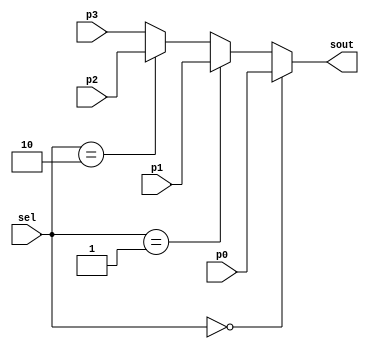
module mux4to1(
    input [1:0]     sel ,
    input [1:0]     p0 ,
    input [1:0]     p1 ,
    input [1:0]     p2 ,
    input [1:0]     p3 ,
    output [1:0]    sout);

    reg [1:0]     sout_t ;

    always @(*) begin
        if (sel == 2'b00)
            sout_t = p0 ;
        else if (sel == 2'b01)
            sout_t = p1 ;
        else if (sel == 2'b10)
            sout_t = p2 ;
        else
            sout_t = p3 ;
    end
    assign sout = sout_t ;
 
endmodule